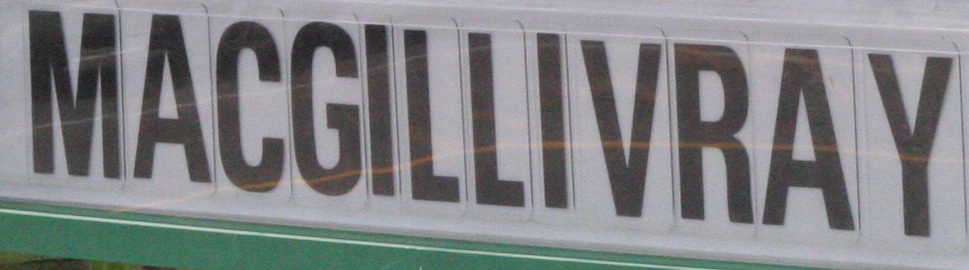
MACGILLIVRAY